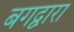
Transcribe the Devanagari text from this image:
बगद्वारा